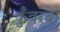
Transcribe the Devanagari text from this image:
कुँवरबा